Scottish Leaving Certificate Examination, 1959
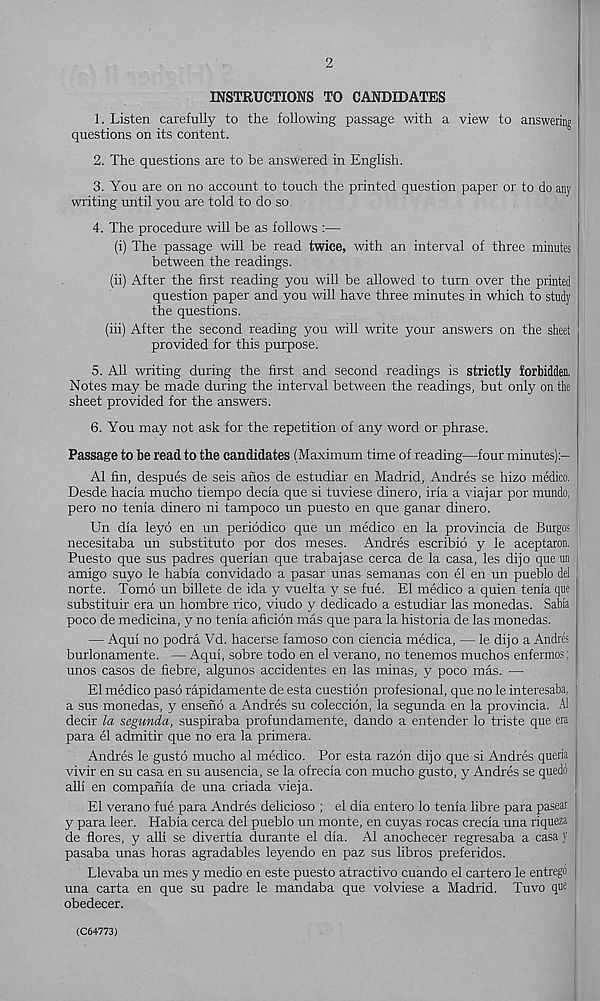
2
INSTRUCTIONS TO CANDIDATES
1. Listen carefully to the following passage with a view to answering
questions on its content.
2. The questions are to be answered in English.
3. You are on no account to touch the printed question paper or to do any
writing until you are told to do so,
4. The procedure will be as follows :—
(i) The passage will be read twice, with an interval of three minutes
between the readings.
(ii) After the first reading you will be allowed to turn over the printed
question paper and you will have three minutes in which to study
the questions.
(iii) After the second reading you will write your answers on the sheet
provided for this purpose.
5. All writing during the first and second readings is strictly forbidden.
Notes may be made during the interval between the readings, but only on the
sheet provided for the answers.
6. You may not ask for the repetition of any word or phrase.
Passage to be read to the candidates (Maximum time of reading—four minutes):-
A1 fin, despues de seis afios de estudiar en Madrid, Andres se hizo medico,
Desde hacia mucho tiempo decia que si tuviese dinero, iria a viajar por mundo,
pero no tenia dinero ni tampoco un puesto en que ganar dinero.
Un dia leyo en un periodico que un medico en la provincia de Burgos
necesitaba un substitute por dos meses. Andres escribio y le aceptaron,
Puesto que sus padres querian que trabajase cerca de la casa, les dijo que un
amigo suyo le habia convidado a pasar unas semanas con el en un pueblo del
norte. Tomo un billete de ida y vuelta y se fue. El medico a quien tenia que
substituir era un hombre rico, viudo y dedicado a estudiar las monedas. Sabia
poco de medicina, y no tenia aficion mas que para la historia de las monedas.
— Aqui no podra Vd. hacerse famoso con ciencia medica, — le dijo a Andres
burlonamente. — Aqui, sobre todo en el verano, no tenemos muchos enfermos:
unos casos de fiebre, algunos accidentes en las minas, y poco mas. —
El medico paso rapidamente de esta cuestion profesional, que no le interesaba, 1
a sus monedas, y enseno a Andres su coleccion, la segunda en la provincia. A1 ]
decir la segunda, suspiraba profundamente, dando a entender lo triste que era
para el admitir que no era la primera.
Andres le gusto mucho al medico. Por esta razon dijo que si Andres queria
vivir en su casa en su ausencia, se la ofrecia con mucho gusto, y Andres se quedo
alii en compania de una criada vieja.
El verano fue para Andres delicioso ; el dia entero lo tenia libre para pasear
y para leer. Habia cerca del pueblo un monte, en cuyas rocas crecia una riqueza
de flores, y all! se divertia durante el dia. Al anochecer regresaba a casa y '
pasaba unas horas agradables leyendo en paz sus libros preferidos.
Llevaba un mes y medio en este puesto atractivo cuando el cartero le entregd j
una carta en que su padre le mandaba que volviese a Madrid. Tuvo qu e ;
obedecer.
(C64773)